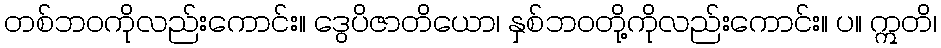
တစ်ဘဝကိုလည်းကောင်း။ ဒွေပိဇာတိယော၊ နှစ်ဘဝတို့ကိုလည်းကောင်း။ ပ။ ဣတိ၊